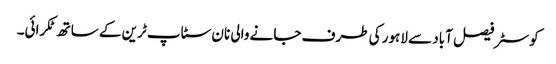
کوسٹر فیصل آباد سے لاہور کی طرف جانے والی نان سٹاپ ٹرین کے ساتھ ٹکرائی۔